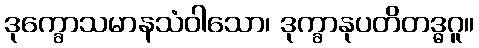
ဒုက္ခောသမာနသံဝါသော၊ ဒုက္ခာနုပတိတဒ္ဓဂူ။